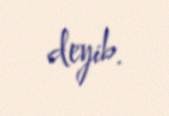
deyib.